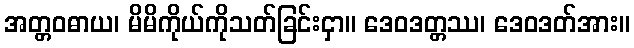
အတ္တဝဓာယ၊ မိမိကိုယ်ကိုသတ်ခြင်းငှာ။ ဒေဝဒတ္တဿ၊ ဒေဝဒတ်အား။